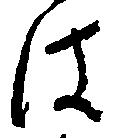
は